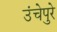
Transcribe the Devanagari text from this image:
उंचेपुरे